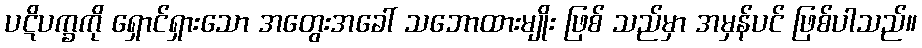
ပဋိပက္ခကို ရှောင်ရှားသော အတွေးအခေါ် သဘောထားမျိုး ဖြစ် သည်မှာ အမှန်ပင် ဖြစ်ပါသည်။